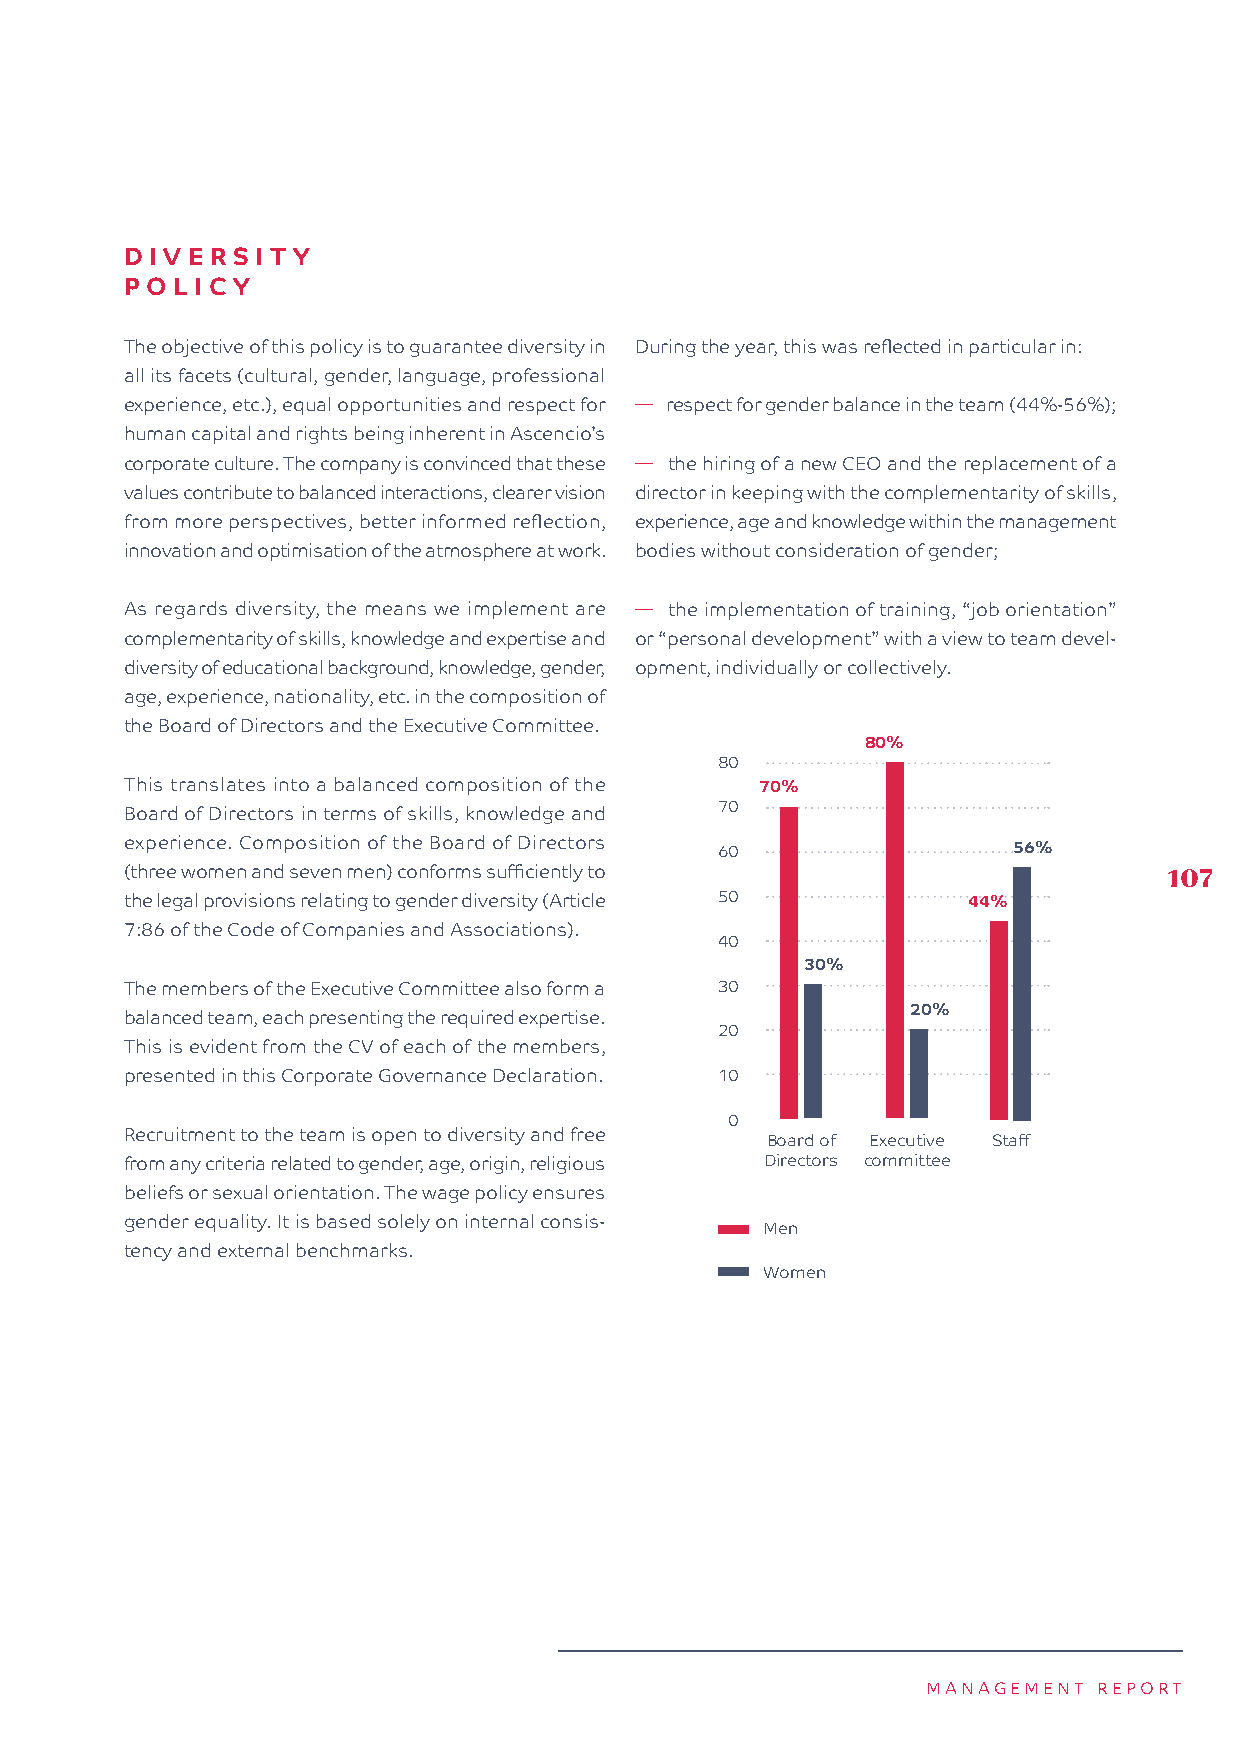
DIVE  RSIT Y
 POL  IC Y
 The objective of this policy is to guarantee diversity in During the year, this was reflected in particular in:
 all its facets (cultural, gender, language, professional
 experience, etc.), equal opportunities and respect for � respect for gender balance in the team (44%-56%);
 human capital and rights being inherent in Ascencio’s
 corporate culture. The company is convinced that these � the hiring of a new CEO and the replacement of a
 values contribute to balanced interactions, clearer vision director in keeping with the complementarity of skills,
 from more perspectives, better informed reflection, experience, age and knowledge within the management
 innovation and optimisation of the atmosphere at work. bodies without consideration of gender;
 As regards diversity, the means we implement are � the implementation of training, “job orientation”
 complementarity of skills, knowledge and expertise and or “personal development” with a view to team devel-
 diversity of educational background, knowledge, gender, opment, individually or collectively.
 age, experience, nationality, etc. in the composition of
 the Board of Directors and the Executive Committee.
 80%
 80
 This translates into a balanced composition of the 70%
 Board of Directors in terms of skills, knowledge and 70
 experience. Composition of the Board of Directors 60       56%
 (three women and seven men) conforms sufficiently to                 107
 the legal provisions relating to gender diversity (Article 50 44%
 7:86 of the Code of Companies and Associations).
 40
 30%
 The members of the Executive Committee also form a 30
 20%
 balanced team, each presenting the required expertise.
 20
 This is evident from the CV of each of the members,
 presented in this Corporate Governance Declaration. 10
 0
 Recruitment to the team is open to diversity and free Board of Executive Staff
 from any criteria related to gender, age, origin, religious Directors committee
 beliefs or sexual orientation. The wage policy ensures
 gender equality. It is based solely on internal consis-
 Men
 tency and external benchmarks.
 Women
 MANAGEMENT  REPORT